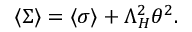
\langle \Sigma \rangle = \langle \sigma \rangle + \Lambda _ { H } ^ { 2 } \theta ^ { 2 } .